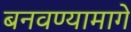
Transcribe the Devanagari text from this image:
बनवण्यामागे